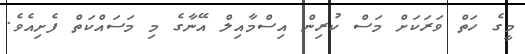
މީގެ ހަތް ވަރަކަށް މަސް ކުރިން އިސްމާއިލް އޭނާގެ މި މަސައްކަތް ފެށިއެވެ.